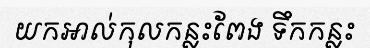
យកអាល់កុលកន្លះពែង ទឹកកន្លះ